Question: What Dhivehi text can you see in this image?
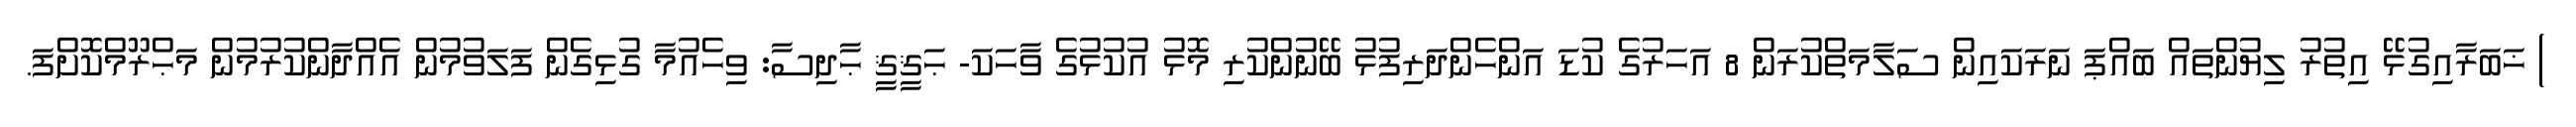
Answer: ) ޚަބަރާއިގުޅޭ އިތުރު ލިޔުންތައް ބައްޕަ ނަރަކައިން ސަލާމަތްކުރަން 8 އަހަރުގެ ކުޑަ އަންހެންދަރިފުޅު ބޭނުންކުރި މޮޅު އުކުޅުގެ ވާހަކަ- ޙަޤީޤީ ޙާދިސާ: ވިހެއުމާ ގުޅިގެން ފަލަވުމުން އެއްދާންކުރުމުން މަޙްރޫމްކޮށްފަ.